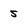
Character: 5